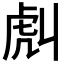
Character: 𧆢